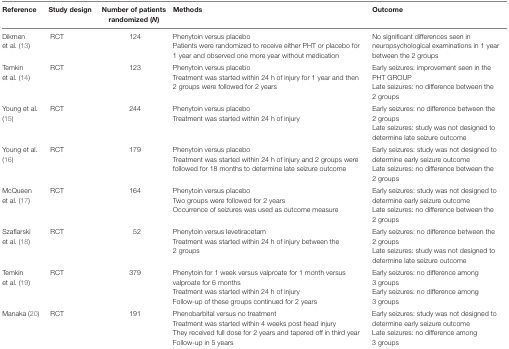
<table><thead><tr><td><b>Reference</b></td><td><b>Study design</b></td><td><b>Number of patients randomized (<i>N</i>)</b></td><td><b>Methods</b></td><td><b>Outcome</b></td></tr></thead><tbody><tr><td>Dikmen et al. (13)</td><td>RCT</td><td>124</td><td>Phenytoin versus placeboPatients were randomized to receive either PHT or placebo for 1 year and observed one more year without medication</td><td>No significant differences seen in neuropsychological examinations in 1 year between the 2 groups</td></tr><tr><td>Temkin et al. (14)</td><td>RCT</td><td>123</td><td>Phenytoin versus placeboTreatment was started within 24 h of injury for 1 year and then 2 groups were followed for 2 years</td><td>Early seizures: improvement seen in the PHT GROUPLate seizures: no difference between the 2 groups</td></tr><tr><td>Young et al. (15)</td><td>RCT</td><td>244</td><td>Phenytoin versus placeboTreatment was started within 24 h of injury</td><td>Early seizures: no difference between the 2 groupsLate seizures: study was not designed to determine late seizure outcome</td></tr><tr><td>Young et al. (16)</td><td>RCT</td><td>179</td><td>Phenytoin versus placeboTreatment was started within 24 h of injury and 2 groups were followed for 18 months to determine late seizure outcome</td><td>Early seizures: study was not designed to determine early seizure outcomeLate seizures: no difference between the 2 groups</td></tr><tr><td>McQueen et al. (17)</td><td>RCT</td><td>164</td><td>Phenytoin versus placeboTwo groups were followed for 2 yearsOccurrence of seizures was used as outcome measure</td><td>Early seizures: study was not designed to determine early seizure outcomeLate seizures: no difference between the 2 groups</td></tr><tr><td>Szaflarski et al. (18)</td><td>RCT</td><td>52</td><td>Phenytoin versus levetiracetamTreatment was started within 24 h of injury between the 2 groups</td><td>Early seizures: no difference between the 2 groupsLate seizures: study was not designed to determine late seizure outcome</td></tr><tr><td>Temkin et al. (19)</td><td>RCT</td><td>379</td><td>Phenytoin for 1 week versus valproate for 1 month versus valproate for 6 monthsTreatment was started within 24 h of injuryFollow-up of these groups continued for 2 years</td><td>Early seizures: no difference among 3 groupsEarly seizures: no difference among 3 groups</td></tr><tr><td>Manaka (20)</td><td>RCT</td><td>191</td><td>Phenobarbital versus no treatmentTreatment was started within 4 weeks post head injuryThey received full dose for 2 years and tapered off in third yearFollow-up in 5 years</td><td>Early seizures: study was not designed to determine early seizure outcomeLate seizures: no difference among 3 groups</td></tr></tbody></table>